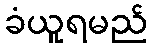
ခံယူရမည်